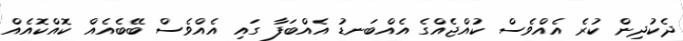
ދެކުދިން ކުރެ އެއްވެސް ކުއްޖެއްގެ އެއްބަނޑު އެއްބަފާ ގައި އެއްވެސް ބޭބެއެއް ކޮއްކޮއެއް